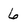
Character: 6